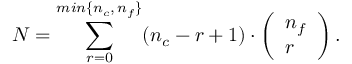
{ \cal N } = \sum _ { r = 0 } ^ { m i n \{ n _ { c } , \, n _ { f } \} } ( n _ { c } - r + 1 ) \cdot \left( \begin{array} { l } { { n _ { f } } } \\ { { r } } \end{array} \right) . \,